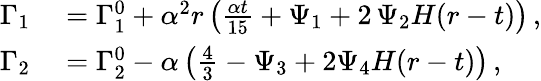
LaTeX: \begin{array}{rl}{\Gamma_{1}}&{{}=\Gamma_{1}^{0}+\alpha^{2}r\left(\frac{\alpha t}{15}+\Psi_{1}+2\, \Psi_{2}H(r-t)\right)\, ,}\\ {\Gamma_{2}}&{{}=\Gamma_{2}^{0}-\alpha\left(\frac{4}{3}-\Psi_{3}+2\Psi_{4}H(r-t)\right)\, ,}\end{array}